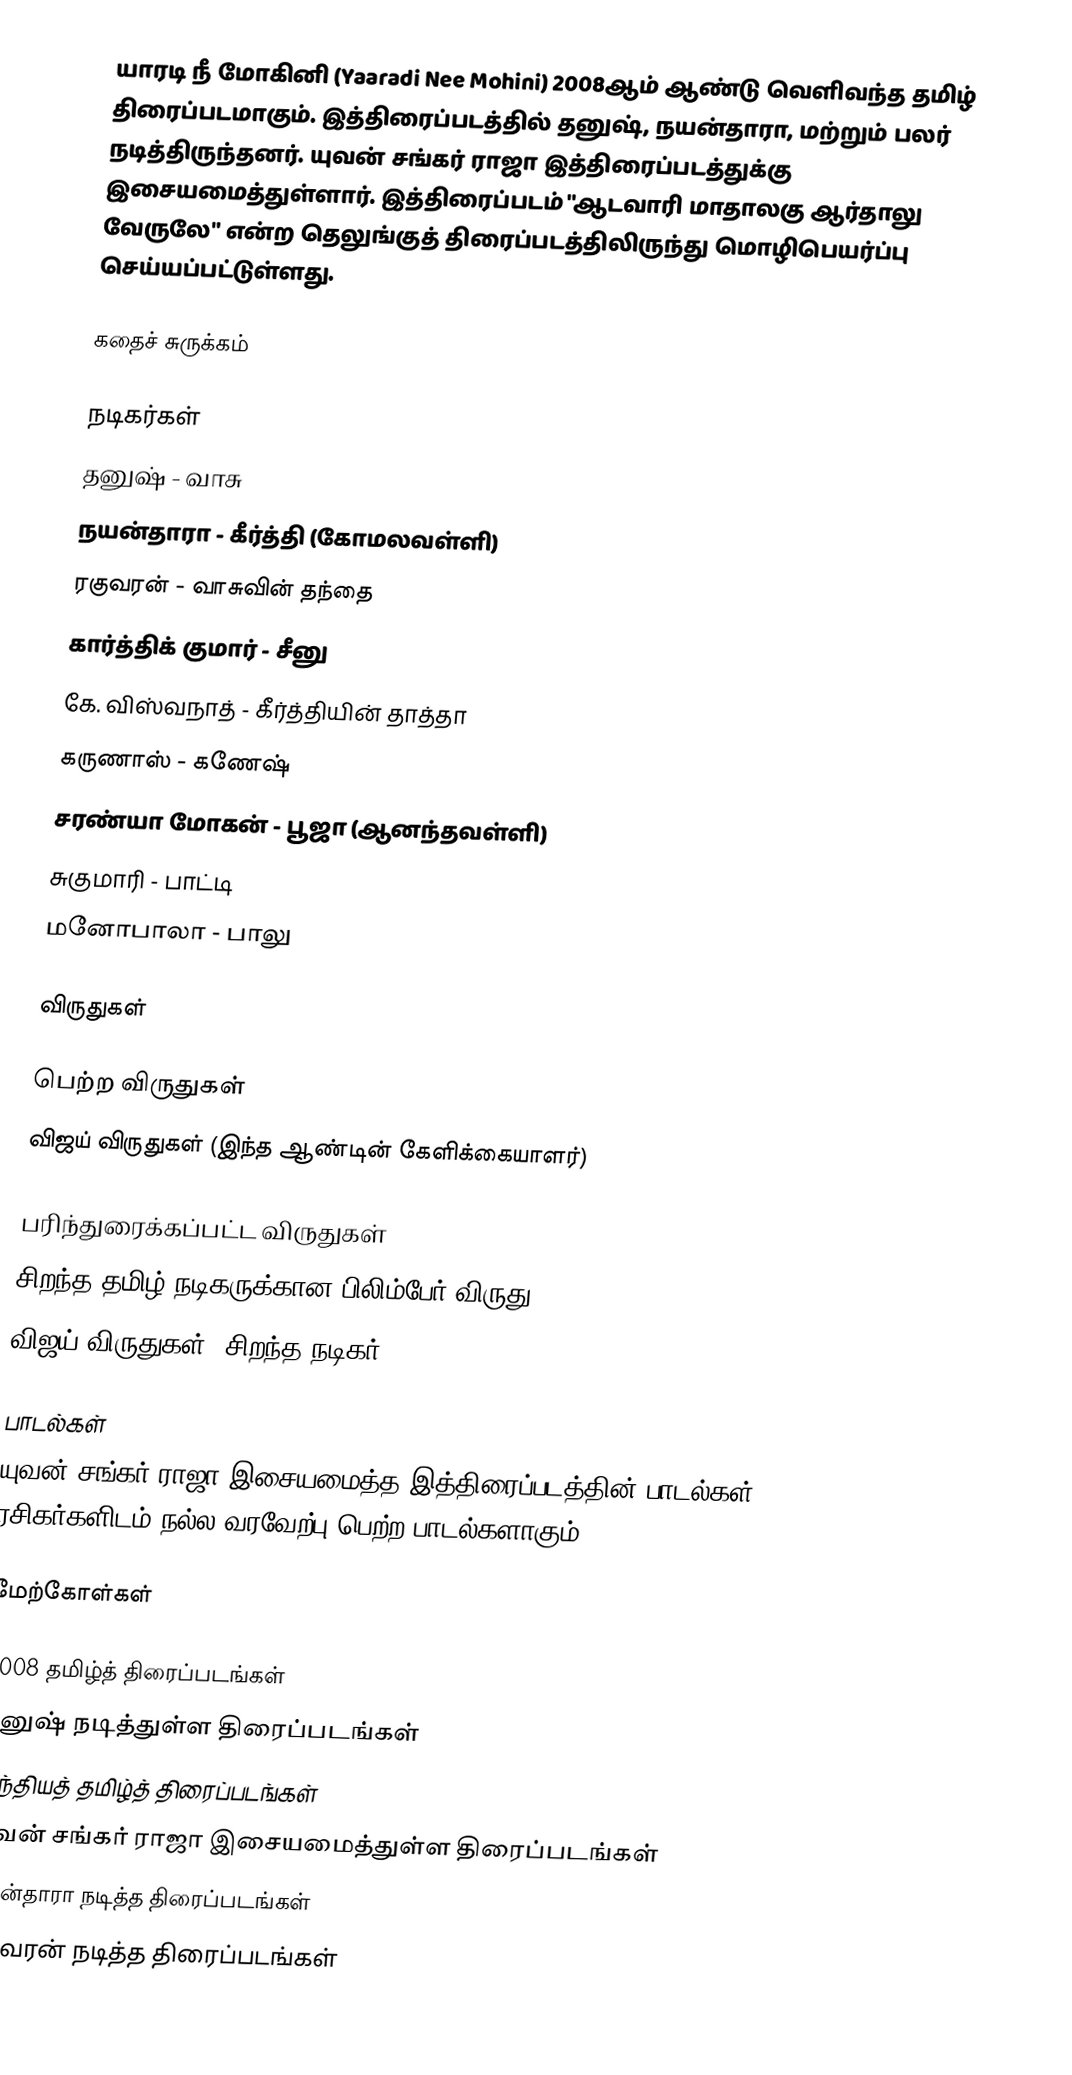
யாரடி நீ மோகினி (Yaaradi Nee Mohini) 2008ஆம் ஆண்டு வெளிவந்த தமிழ் திரைப்படமாகும். இத்திரைப்படத்தில் தனுஷ், நயன்தாரா, மற்றும் பலர் நடித்திருந்தனர். யுவன் சங்கர் ராஜா இத்திரைப்படத்துக்கு இசையமைத்துள்ளார். இத்திரைப்படம் "ஆடவாரி மாதாலகு ஆர்தாலு வேருலே" என்ற தெலுங்குத் திரைப்படத்திலிருந்து மொழிபெயர்ப்பு செய்யப்பட்டுள்ளது.

கதைச் சுருக்கம்

நடிகர்கள்
தனுஷ் -  வாசு
நயன்தாரா - கீர்த்தி (கோமலவள்ளி)
ரகுவரன் - வாசுவின் தந்தை
கார்த்திக் குமார் - சீனு
கே. விஸ்வநாத் - கீர்த்தியின் தாத்தா
கருணாஸ் - கணேஷ்
சரண்யா மோகன் - பூஜா (ஆனந்தவள்ளி)
சுகுமாரி - பாட்டி
மனோபாலா - பாலு

விருதுகள்

பெற்ற விருதுகள்
 விஜய் விருதுகள் (இந்த ஆண்டின் கேளிக்கையாளர்)

பரிந்துரைக்கப்பட்ட விருதுகள்
  சிறந்த தமிழ் நடிகருக்கான பிலிம்பேர் விருது
  விஜய் விருதுகள் (சிறந்த நடிகர்)

பாடல்கள்
யுவன் சங்கர் ராஜா இசையமைத்த இத்திரைப்படத்தின் பாடல்கள் ரசிகர்களிடம் நல்ல வரவேற்பு பெற்ற பாடல்களாகும்.

மேற்கோள்கள்

2008 தமிழ்த் திரைப்படங்கள்
தனுஷ் நடித்துள்ள திரைப்படங்கள்
இந்தியத் தமிழ்த் திரைப்படங்கள்
யுவன் சங்கர் ராஜா இசையமைத்துள்ள திரைப்படங்கள்
நயன்தாரா நடித்த திரைப்படங்கள்
ரகுவரன் நடித்த திரைப்படங்கள்